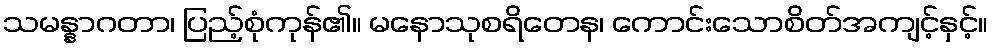
သမန္နာဂတာ၊ ပြည့်စုံကုန်၏။ မနောသုစရိတေန၊ ကောင်းသောစိတ်အကျင့်နှင့်။